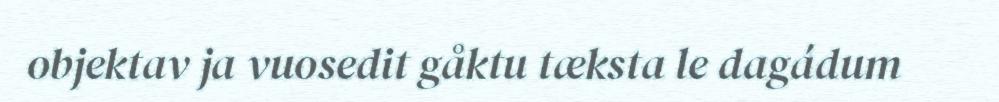
objektav ja vuosedit gåktu tæksta le dagádum